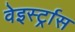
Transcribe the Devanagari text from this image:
वेइर्स्ट्रास